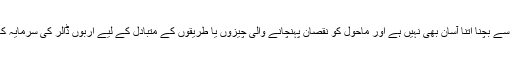
آلودگی کے اثرات سے بچنا اتنا آسان بھی نہیں ہے اور ماحول کو نقصان پہنچانے والی چیزوں یا طریقوں کے متبادل کے لیے اربوں ڈالر کی سرمایہ کاری چاہیے ہوگی۔